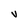
Character: V